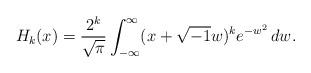
LaTeX: \begin{align*} H_k(x) = \frac{2^k}{\sqrt{\pi}} \int_{-\infty}^\infty (x + \sqrt{-1} w)^k e^{-w^2} \, dw.\end{align*}